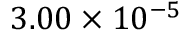
3 . 0 0 \times 1 0 ^ { - 5 }